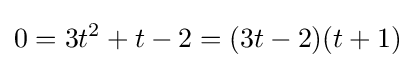
0=3t^{2}+t-2=(3t-2)(t+1)